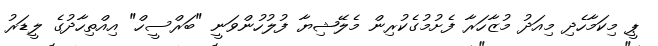
ޕީ މިކަމާހެދި މިއަދު މުޒާހަރާ ފެށުމުގެކުރިން މެލޭޝިޔާ ފުލުހުންވަނީ "ބަރްސީހް" އިއްތިހާދުގެ ލީޑަރު